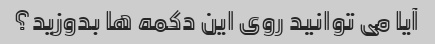
آیا می توانید روی این دکمه ها بدوزید؟